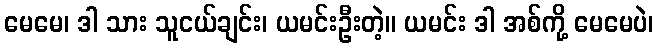
မေမေ၊ ဒါ သား သူငယ်ချင်း၊ ယမင်းဦးတဲ့။ ယမင်း ဒါ အစ်ကို့ မေမေပဲ၊